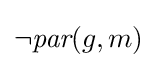
\lnot {\textit {par}}(g,m)